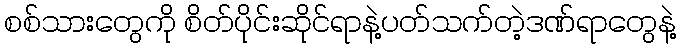
စစ်သားတွေကို စိတ်ပိုင်းဆိုင်ရာနဲ့ပတ်သက်တဲ့ဒဏ်ရာတွေနဲ့